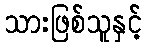
သားဖြစ်သူနှင့်